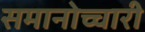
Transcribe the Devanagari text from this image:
समानोच्चारी